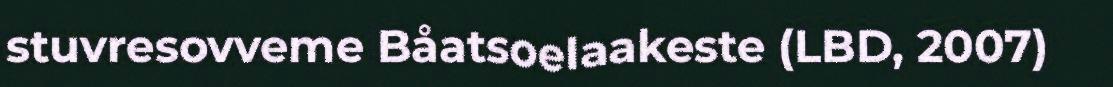
stuvresovveme Båatsoelaakeste (LBD, 2007)